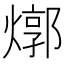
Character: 𤍪